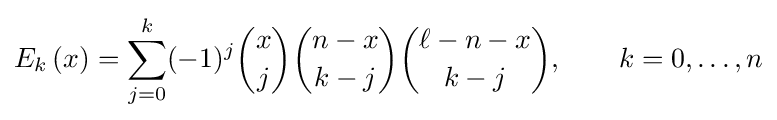
E_{k}\left(x\right)=\sum _{j=0}^{k}(-1)^{j}{\binom {x}{j}}{\binom {n-x}{k-j}}{\binom {\ell -n-x}{k-j}},\qquad k=0,\ldots ,n